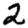
Digit: 2